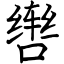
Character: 辔